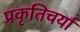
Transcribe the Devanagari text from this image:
प्रकृतिचर्या